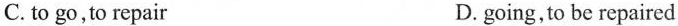
C. to go,to repair D. going,to be repaired